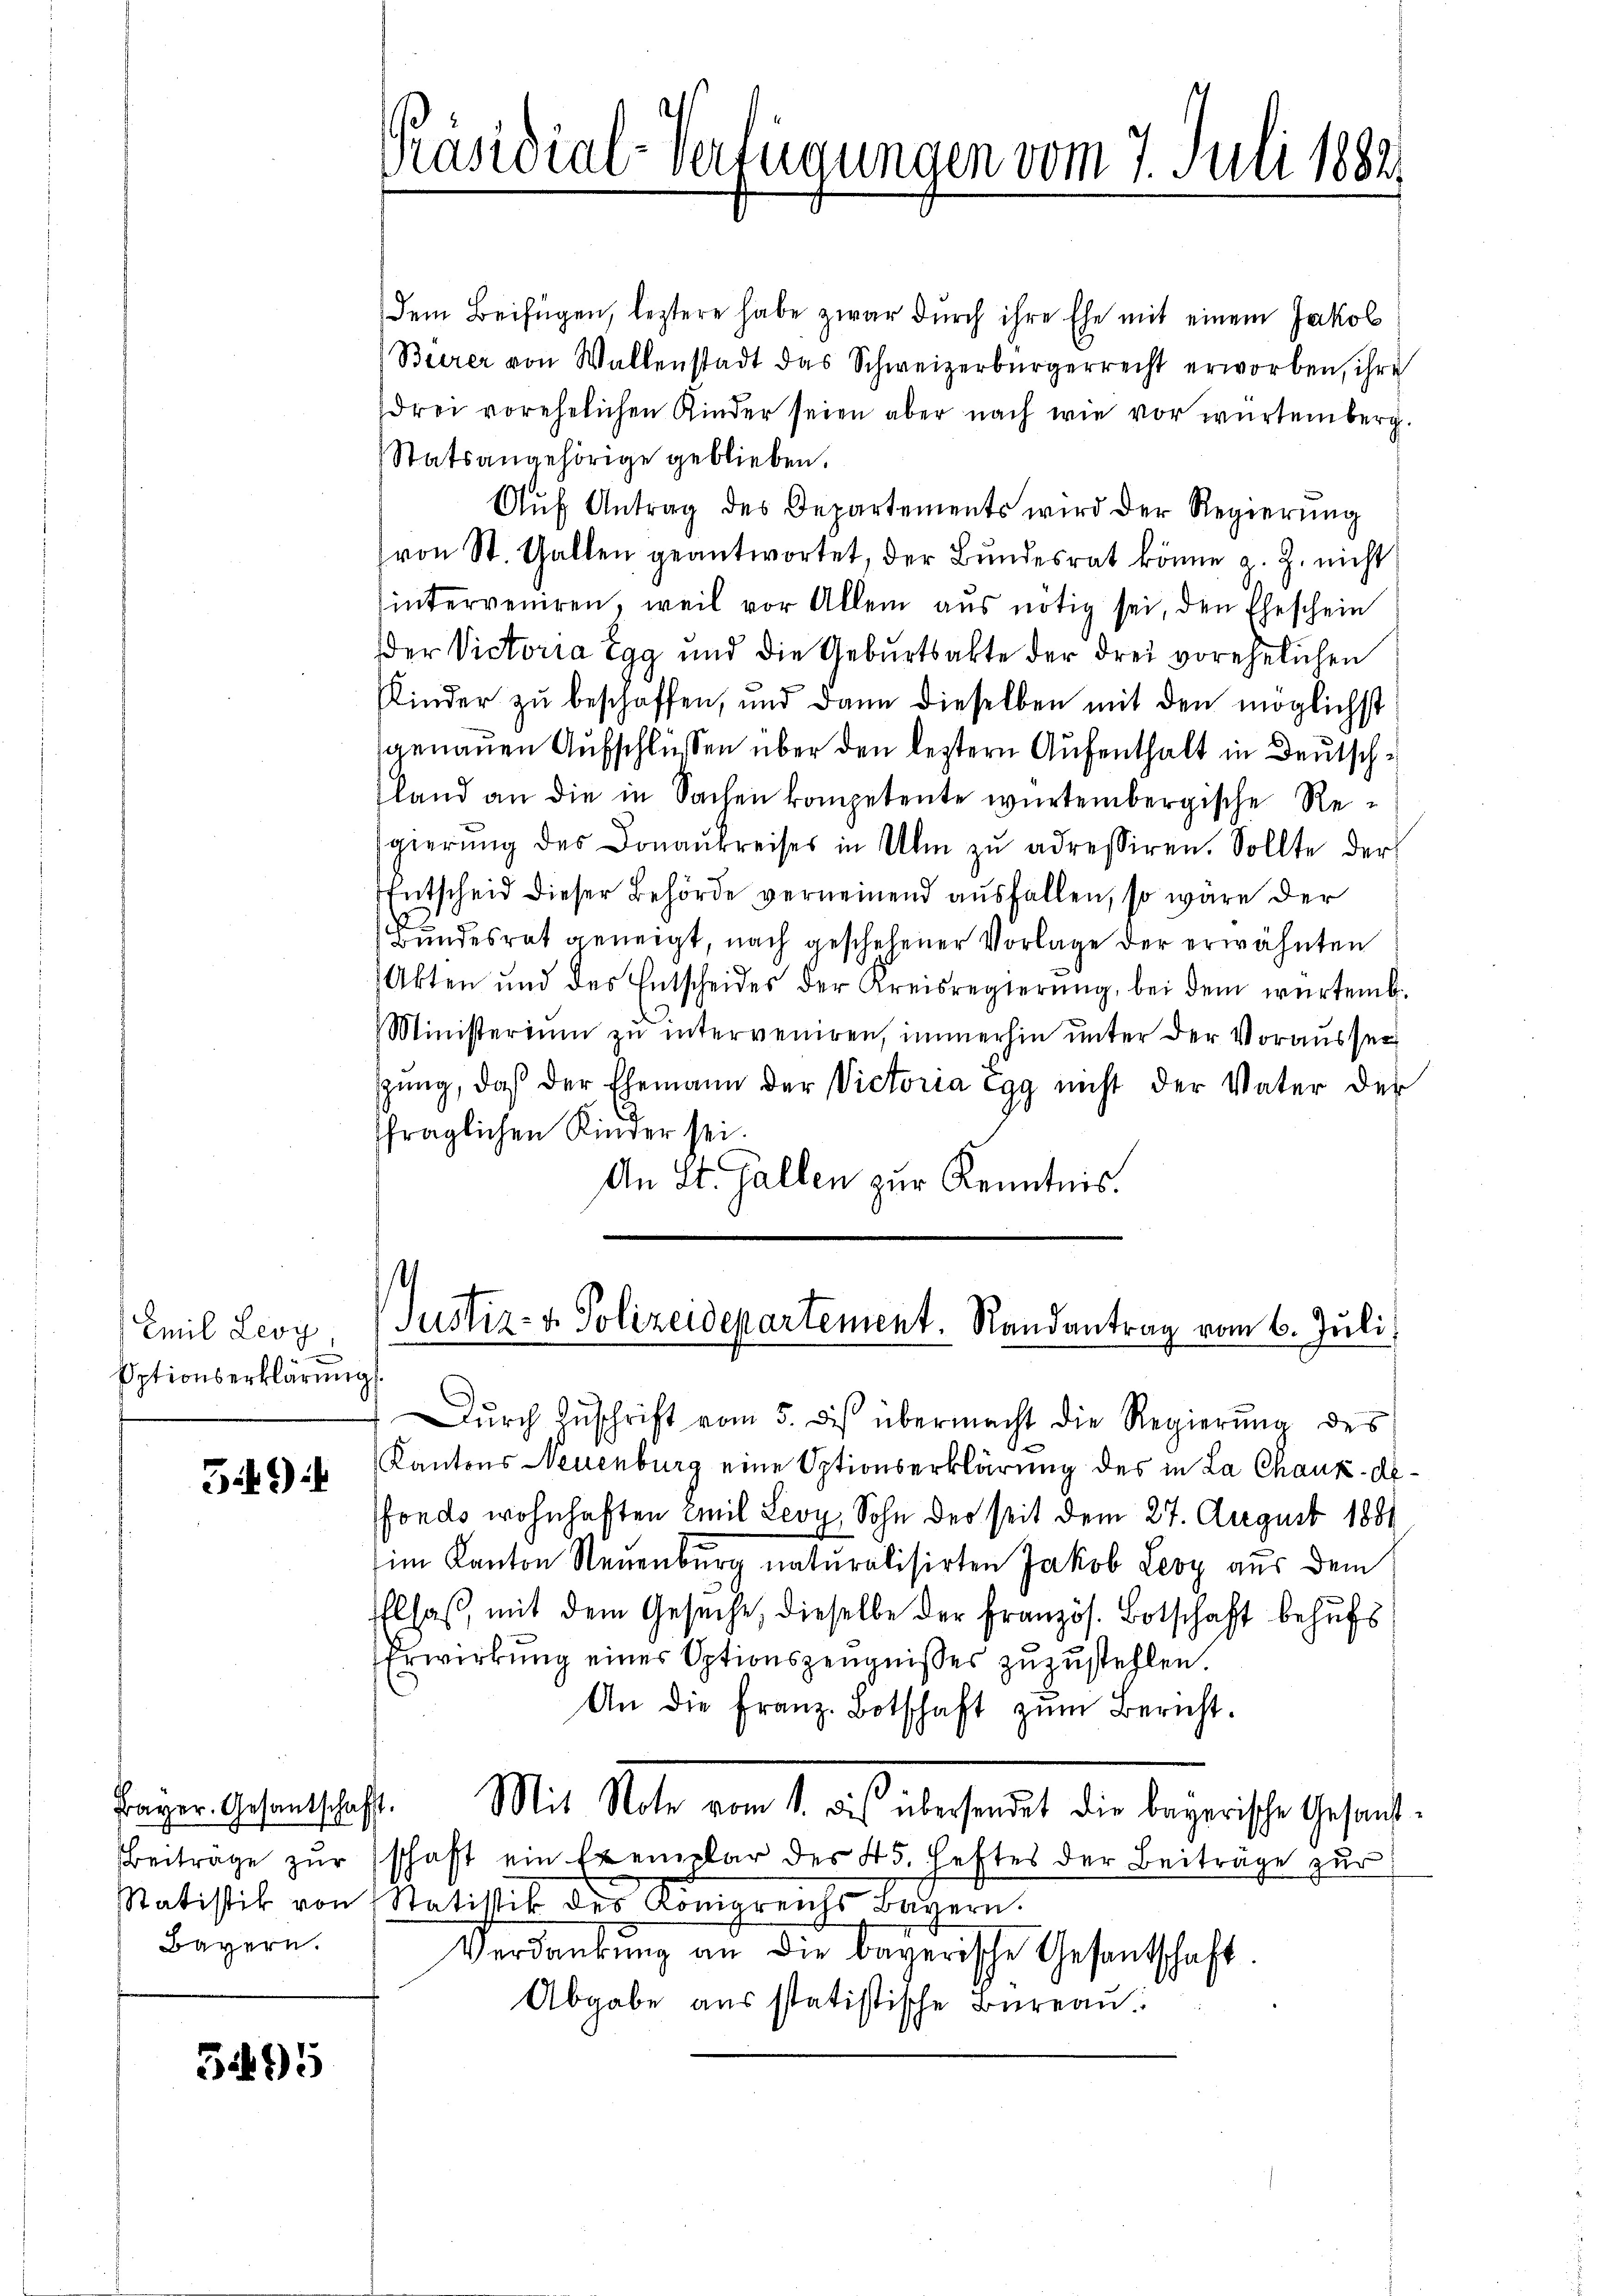
Emil Leoy,
Optionserklärung
1

59):

Bayern.

5495

dem Beifügen, leztere habe zwar durch ihre Ehe mit einem Jakob
Beerer von Walkenstadt das Schweizerbürgerrecht erworben, ihre
drei vorehelichen Kinder seien aber nach wie vor würtemberg.
Statsangehörige geblieben.
Aŭf Antrag des Departements wird der Regierŭng
von St. Gallen geantwortet, der Bundesrat könne a. g. nicht
hinterveniren, weil vor Allem aŭs nötig sei, den Eheschein
der Victoria Egg und die Geburtsakte der drei vorehelichen
Kinder zu beschaffen, und dann dieselben mit den möglichst
genauen Aufschlüssen über den leztern Aufenthalt in Deutschsland an die in Sachen kompetente würtembergische Regierŭng des Donaukreises in Ulm zŭ adressiren. Sollte der
Entscheid dieser Behörde verneinend ausfallen, so wäre der
Bundesrat geneigt, nach geschehener Vorlage der erwähnten
Akten und des Entscheides der Kreisregierŭng, bei dem würtemb.
Ministerium zu interveniren, immerhin unter der Vorausser
sŭng, daβ der Ehemann der Victoria Egg nicht der Vater der
fraglichen Kinder sei.
An St. Gallen zur Kenntnis.

Präsidial-Verfügungen vom 7. Juli 1882

Justiz- & Polizeidepartement. Randantrag vom 6. Juli

C
Dŭrch Zuschrift vom 5. des übermacht die Regierung des
Kantons Neuenburg eine Optionserklärung des in La Chaux-de-
fonds wohnhaften Emil Leoy, Sohn der seit dem 27. August 1881
im Kanton Neuenburg naturalisirten Jakob Leny aus dem
Elsaß, mit dem Gesuche, dieselbe der Französ. Botschaft behufs
Erwirkung einer Optionszeugnisses zuzustehlen.
An die Franz-Botschaft zŭm Bericht.
Bayer. Gesantschaft. Mit Note vom 1. bis überhandet die bayerische Gesand¬
Beiträge zŭr schaft ein Exemplar des 45. Heftes der Beiträge zŭr
Satistik von Statistik der Königreichs Bayern.
Verdankŭng an die bayerische Gesantschaft.
Abgabe aus statistische Büreau